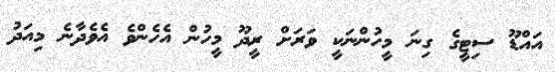
އައްޑޫ ސިޓީގެ ގިނަ މީހުންނަކީ ވަރަށް ރީދޫ މީހުން އެހެންވެ އެވެދާނެ މިއަދު